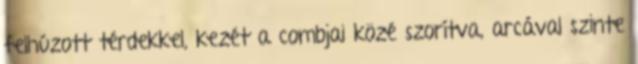
felhúzott térdekkel, kezét a combjai közé szorítva, arcával szinte